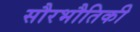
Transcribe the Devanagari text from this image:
सौरभौतिकी